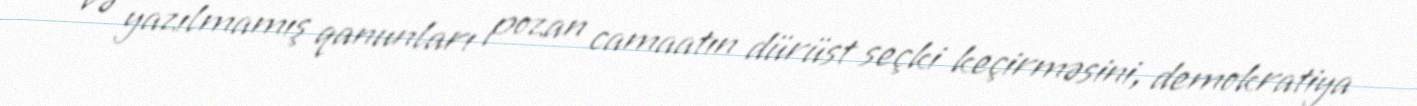
və yazılmamış qanunları pozan camaatın dürüst seçki keçirməsini, demokratiya